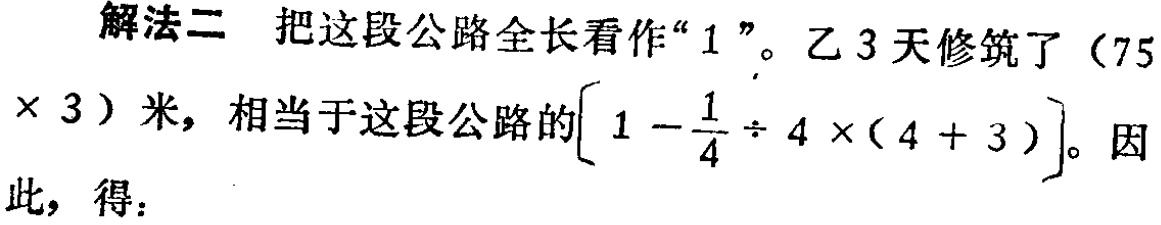
解法二 把这段公路全长看作“$1$”。乙$3$天修筑了（$75\times 3$）米，相当于这段公路的$\left[1 - \frac{1}{4} \div 4\times(4 + 3)\right]$。因此，得：